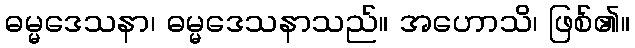
ဓမ္မဒေသနာ၊ ဓမ္မဒေသနာသည်။ အဟောသိ၊ ဖြစ်၏။